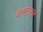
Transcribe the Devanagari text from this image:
कानासर